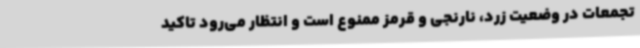
تجمعات در وضعیت زرد، نارنجی و قرمز ممنوع است و انتظار می‌رود تاکید